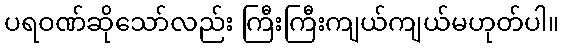
ပရဝဏ်ဆိုသော်လည်း ကြီးကြီးကျယ်ကျယ်မဟုတ်ပါ။